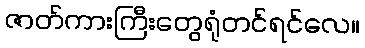
ဇာတ်ကားကြီးတွေရုံတင်ရင်လေ။